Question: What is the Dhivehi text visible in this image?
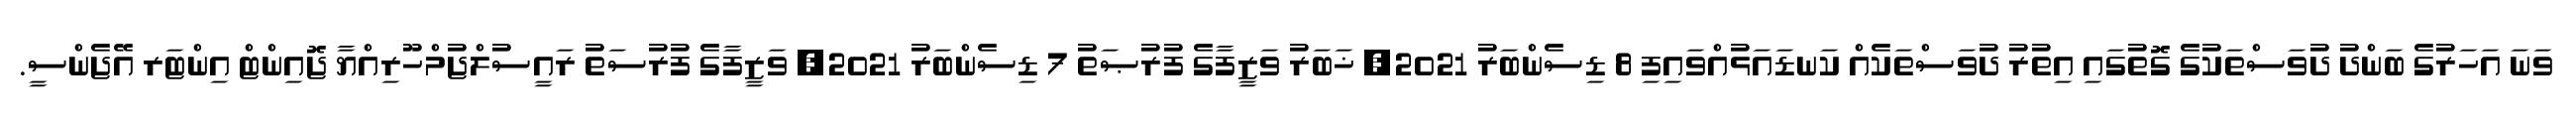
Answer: ވަނަ އަހަރުގެ ބަންދު ދުވަސްތަކުގެ ގޮތުގައި އިތުރު ދުވަސްތަކެއް ކަނޑައަޅުއްވައިފި 8 ޑިސެންބަރު 2021, ޚަބަރު ވަޒީފާގެ ފުރުޞަތު 7 ޑިސެންބަރު 2021, ވަޒީފާގެ ފުރުސަތު ރައީސުލްޖުމްހޫރިއްޔާ ޖޮއިންޓް އިންޓަރ އޭޖެންސީ.